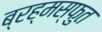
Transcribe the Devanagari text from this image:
ब्रह्मस्फुत